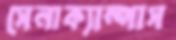
সেনাক্যাম্পাস